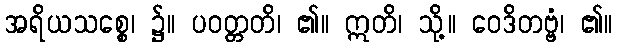
အရိယသစ္စေ၊ ၌။ ပဝတ္တတိ၊ ၏။ ဣတိ၊ သို့။ ဝေဒိတဗ္ဗံ၊ ၏။